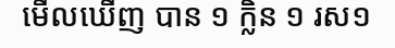
មើលឃើញ បាន ១ ក្លិន ១ រស១